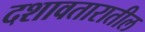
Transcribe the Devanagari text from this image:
दशावतारातील